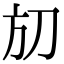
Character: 𣃗